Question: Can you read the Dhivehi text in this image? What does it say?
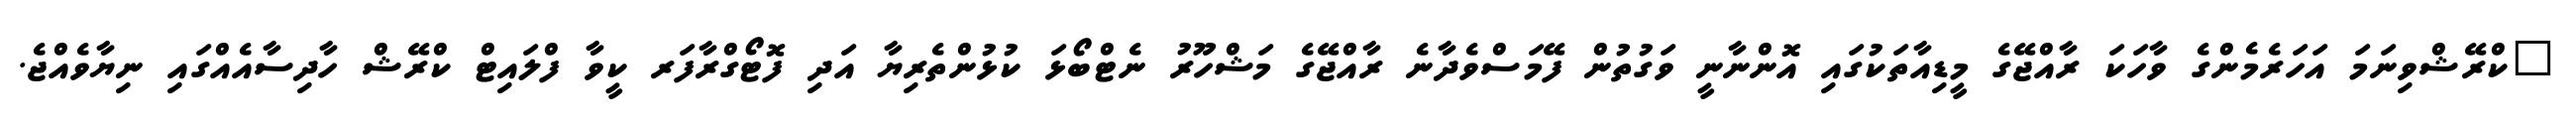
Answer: "ކްރޭޝްވިނަމަ އަހަރެމެންގެ ވާހަކަ ރާއްޖޭގެ މީޑިއާތަކުގައި އޮންނާނީ ވަގުތުން ފޭމަސްވެދާނެ ރާއްޖޭގެ މަޝްހޫރު ނެޓްބޯޅަ ކުޅުންތެރިޔާ އަދި ފޮޓޯގްރާފަރ ކީވާ ފްލައިޓް ކްރޭޝް ހާދިސާއެއްގައި ނިޔާވެއްޖެ.